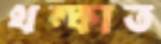
থম্‌কাত